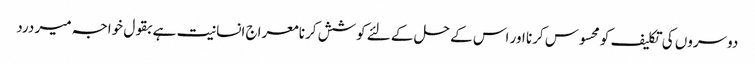
دوسروں کی تکلیف کو محسوس کرنا اور اس کے حل کے لئے کوشش کرنا معراج انسانیت ہے بقول خواجہ میر درد